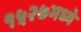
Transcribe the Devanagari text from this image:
१५२७मध्ये